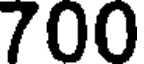
700